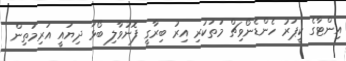
އިންޓާގެ ކީޕަރު ހެންޑެނޯވިޗް މަތަކުރި އިރު ބިރާގީ ފޮނުވާލި ބޯޅަ ދިޔައީ އަރިމަތިން